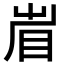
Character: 𥅱